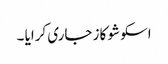
اسکو شو کاز جاری کرایا ۔